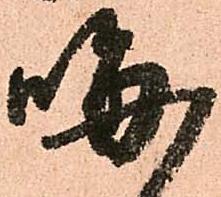
晦